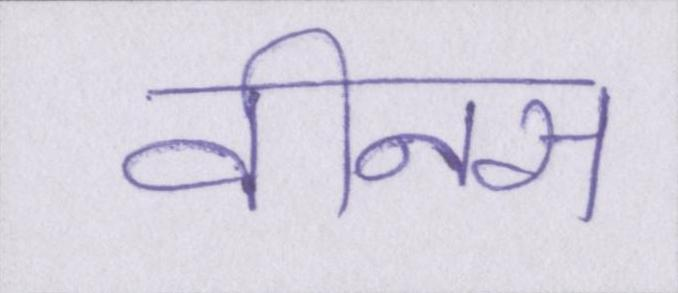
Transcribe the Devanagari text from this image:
वीनस